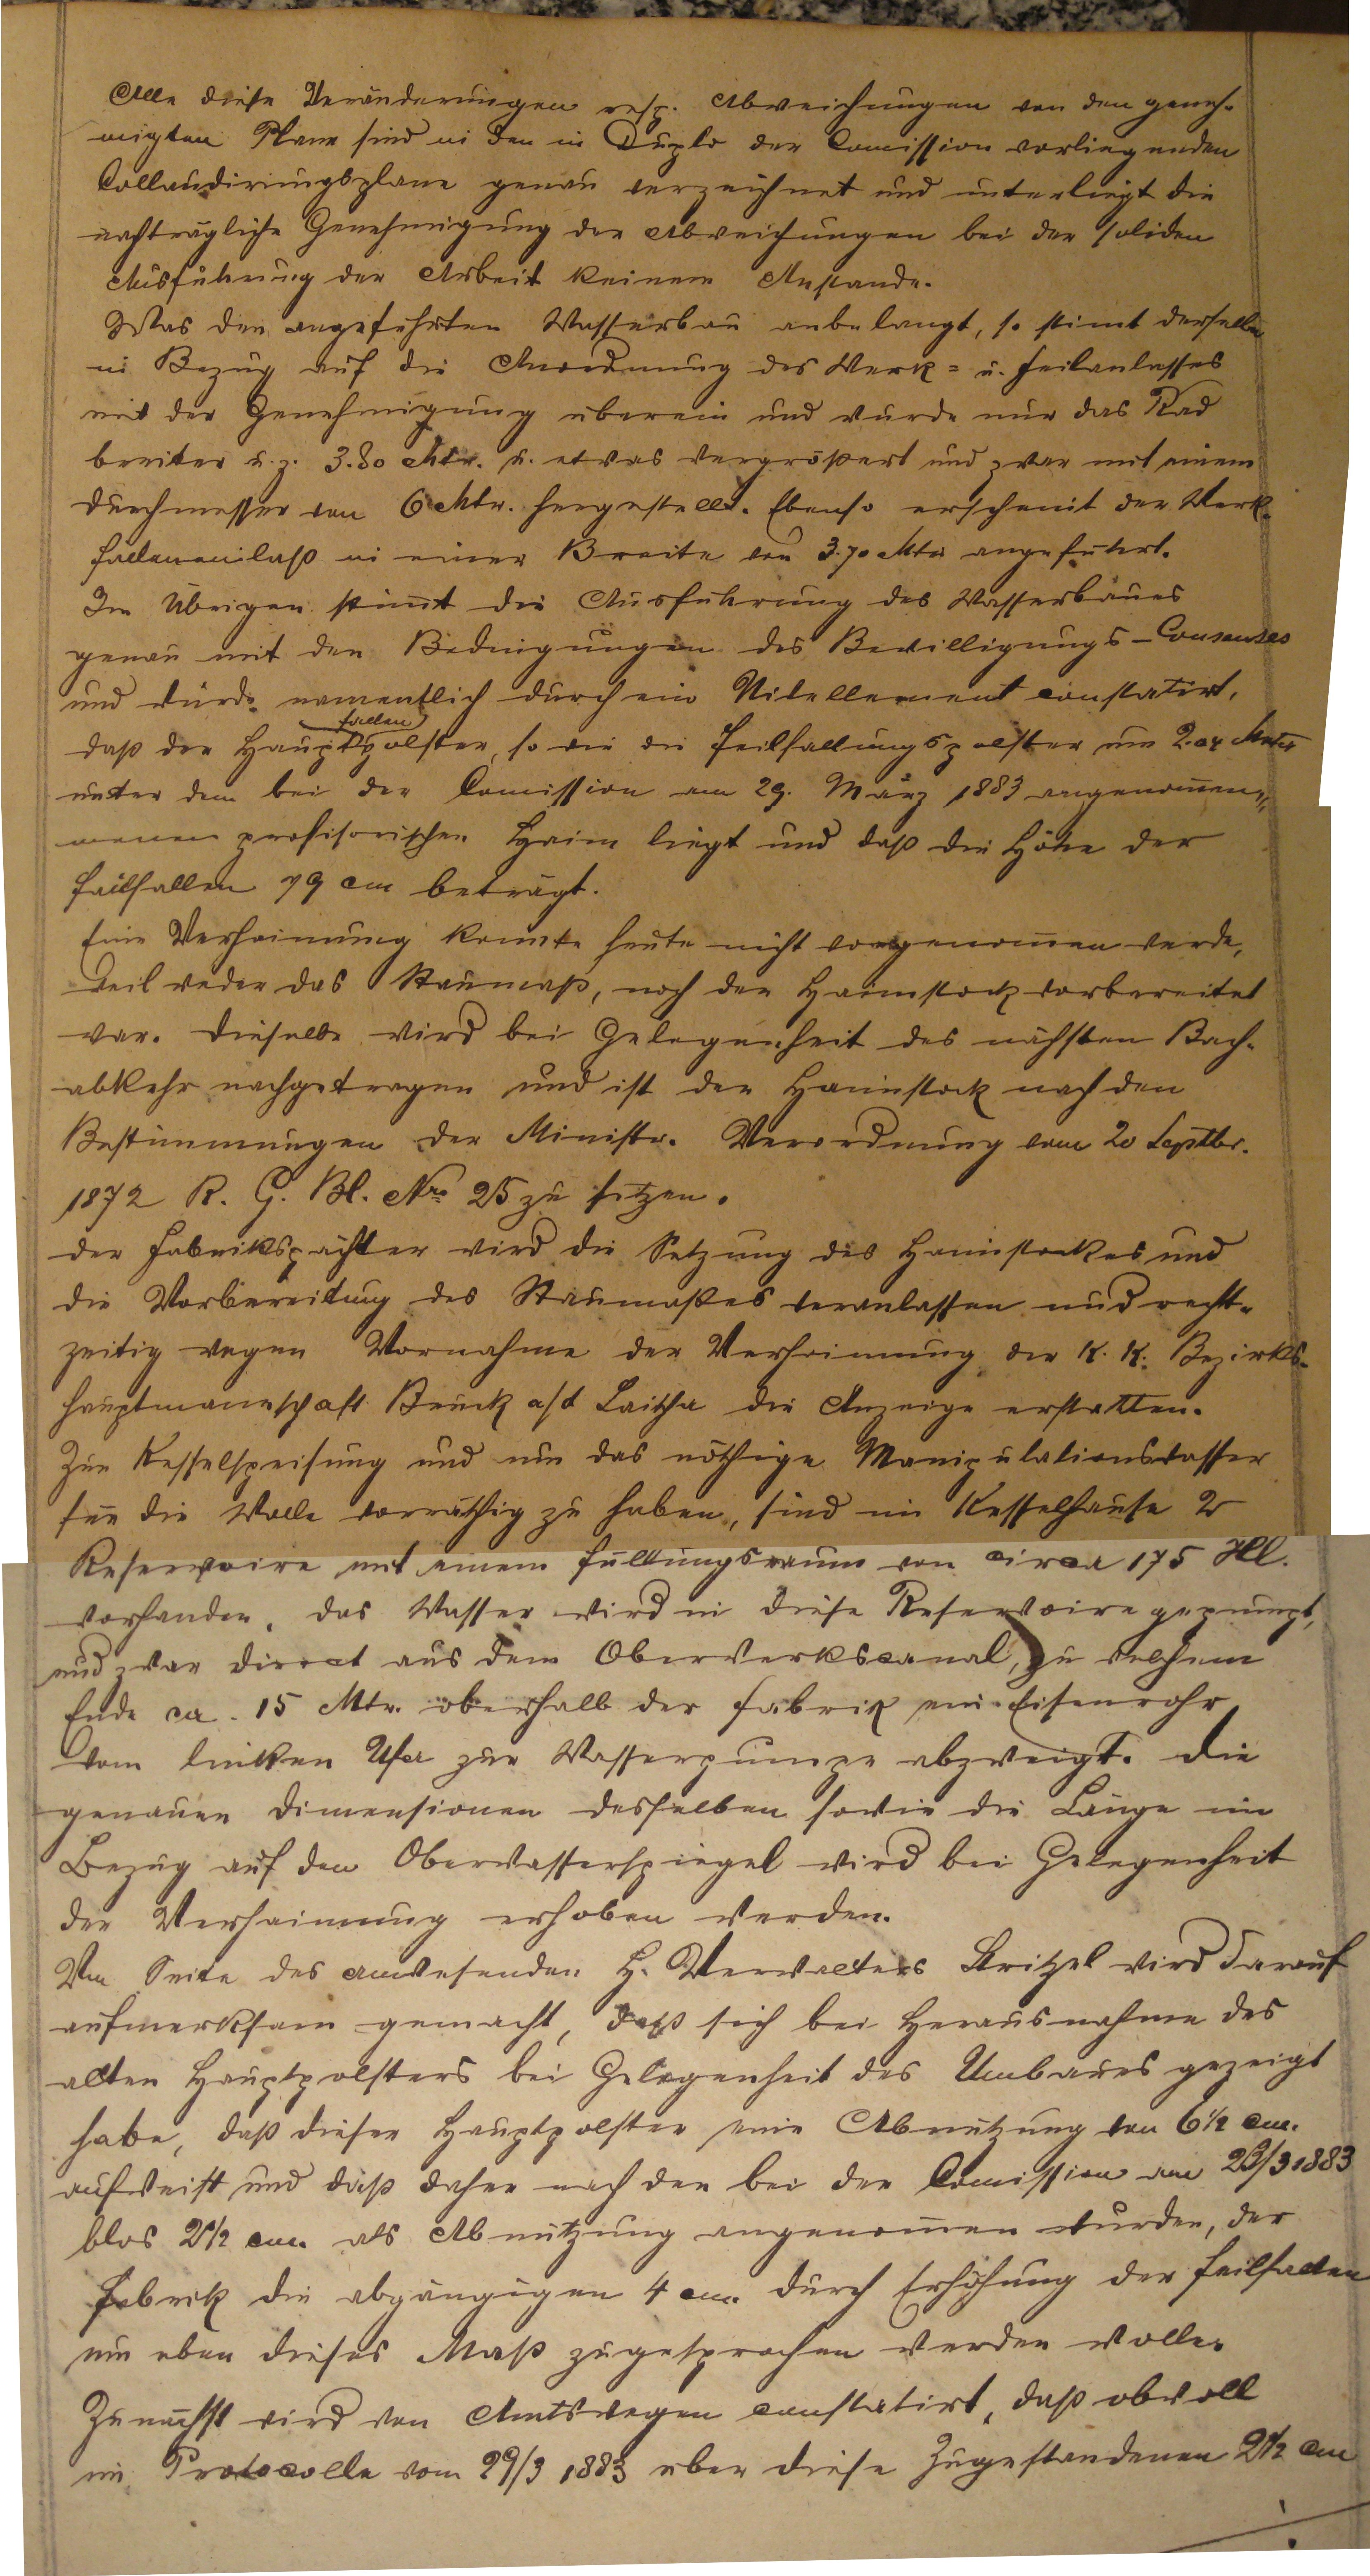
Alle diese Umänderungen resp. Abweichungen von den geneh¬
migten Plane sind in den in Duplo der Comission vorliegenden
Collaudierungsplane genau verzeichnet und unterliegt die
nachträgliche Genehmigung der Abweichungen bei der soliden
Ausführung der Arbeit keinem Anstande.
Was den angeführten Wasserbau anbelangt, so stimmt dieselbe
in Bezug auf die Anwendung des Werk- u. Feilanlasses
mit der Genehmigung überein und wurde nur das Rad
breiter u.z. 3.80 Mtr. u. etwas vergrößert und zwar mit einem
Durchmesser von 6 Mtr. hergestellt. Ebenso erscheint der Werk¬
falleneinlaß in einer Breite von 3.70 Mtr angeführt.
Im Übrigen stimmt die Ausführung des Westanbaues
genau mit den Bedingungen des Bewilligungs-Contentes
und wurde namentlich durch ein Nivellement  constatiert,
daß der Hauptfallenpolster, so wie der Feilhallungspolster um 2.04 Meter
unter dem bei der Comission am 29. März 1883 angenomm¬
enen profisorischen Haim liegt und daß die Höhe der
Failhallen 79 cm beträgt.
Eine Verhaimung konnte heute nicht  vorgenommen werden,
weil weder das Staumaß, noch der Haimstock vorbereitet
war. Dieselbe wird bei Gelegenheit des nächsten Bach¬
abkehr nachgetragen und ist der Haimstock nach den
Bestimmungen der Ministr. Verordnung  vom 20 Septbr.
1872 R. G. Bl. Nro 25 zu setzen.
Der Fabrikspächter wird die Setzung des Haimstockes und
die Vorbereitung des Staumaßes veranlassen und recht¬
zeitig wegen Vornahme der Verhaimung der k.k. Bezirks¬
hauptmannschaft Bruck a/d Laitha die Anzeige erstatten.
Zur Kesselspeisung und um das nöthige Manipulationswasser
für die Wolle vorräthig zu haben, sind im Kesselhause 2
Reservoire mit einem Füllungsraum von circa 175 Hl.
vorhanden. Das Wasser wird in diese Reservoire gepumpt,
und zwar direct aus dem Oberwerkskanal, zu welchem
Ende ca. 15 Mtr. oberhalb der Fabrik ein Eisenrohr
von linken Ufer zur Wasserpumpe abzweigt. Die
genauen Dimensionen desselben sowie die Länge in
Bezug auf den Oberwasserspiegel wird bei Gelegenheit
der Verhaimung erhoben werden.
Von Seiten des anwesenden H. Verwalters Britzel wird darauf
aufmerksam gemacht, das sich bei Herausnehmen des
alten Hauptpolsters bei Gelegenheit des Umbaues gezeigt
habe, daß dieser Hauptpolster eine Abnützung von 6 1/2 cm
aufweist und daß daher auch der bei der Comission am 23/3 1883
blos 2 1/2 cm als Abnutzung angenommen wurden, der
Fabrik die abgängigen 4 cm durch Erhöhung der Feilhallen
um eben dieses Maß zugesprochen werden solle.
Zunächst wird von Amtswegen constatiert, daß obwohl
im Protokolle von 29/3 1883 über diese Zugestandenen 2 1/2 cm